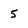
Character: 5